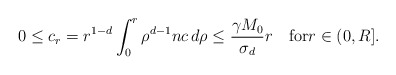
\begin{align*}0\le c_{r}=r^{1-d}\int_{0}^{r}\rho^{d-1}nc\,d\rho \le \frac{\gamma M_{0} }{\sigma_{d}}r\quad\mbox{for}r\in(0,R].\end{align*}